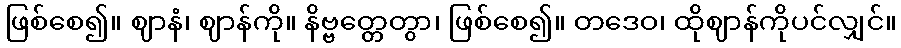
ဖြစ်စေ၍။ ဈာနံ၊ ဈာန်ကို။ နိဗ္ဗတ္တေတွာ၊ ဖြစ်စေ၍။ တဒေဝ၊ ထိုဈာန်ကိုပင်လျှင်။